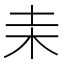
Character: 𣏅